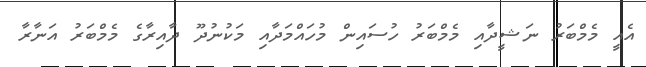
އެއީ މެމްބަރު ނަޝީދާއި މެމްބަރު ހުސައިން މުހައްމަދާއި މަކުނުދޫ ދާއިރާގެ މެމްބަރު އަނާރާ